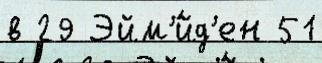
в 29 Эйм'́йд'ен 51